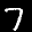
Label: 7